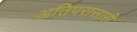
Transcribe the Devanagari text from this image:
अतिपरासारी